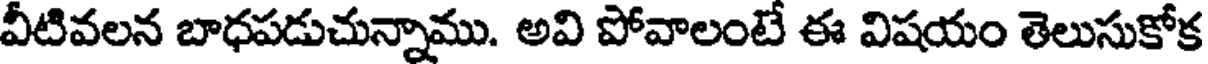
వీటివలన బాధపడుచున్నాము. అవి పోవాలంటే ఈ విషయం తెలుసుకోక